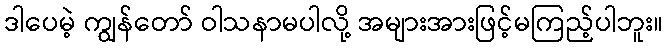
ဒါပေမဲ့ ကျွန်တော် ဝါသနာမပါလို့ အများအားဖြင့်မကြည့်ပါဘူး။